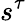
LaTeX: s^{\tau}